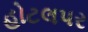
હોટલપર